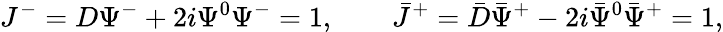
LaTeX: J^{-}=D\Psi^{-}+2i\Psi^{0}\Psi^{-}=1,\qquad\bar{J}^{+}=\bar{D}\bar{\Psi}^{+}-2i\bar{\Psi}^{0}\bar{\Psi}^{+}=1,